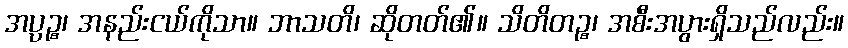
အပ္ပဉ္စ၊ အနည်းငယ်ကိုသာ။ ဘာသတိ၊ ဆိုတတ်၏။ သိတိတဉ္စ၊ အစီးအပွားရှိသည်လည်း။